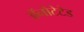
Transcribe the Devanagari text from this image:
ॲनोटेटेड